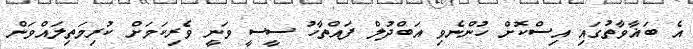
އެ ބަޣާވާތުގައި އިސްކޮށް ހުންނެވި އަބްދުލް ފައްތާހު ސީސީ ވަނީ ވެރިކަމަށް ކުރިމަތިލައްވަން